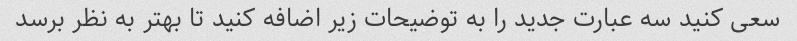
سعی کنید سه عبارت جدید را به توضیحات زیر اضافه کنید تا بهتر به نظر برسد